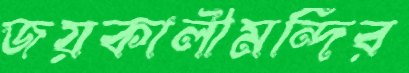
জয়কালীমন্দির